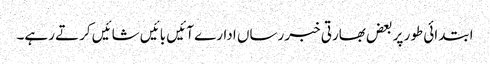
ابتدائی طور پر بعض بھارتی خبر رساں ادارے آئیں بائیں شائیں کرتے رہے۔